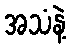
အသံနဲ့